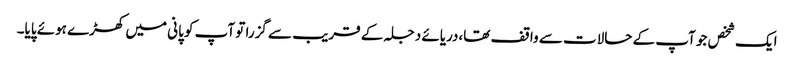
ایک شخص جو آپ کے حالات سے واقف تھا،دریائے دجلہ کے قریب سے گزرا تو آپ کو پانی میں کھڑے ہوئے پایا۔